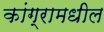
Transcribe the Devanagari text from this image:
कांग्रामधील